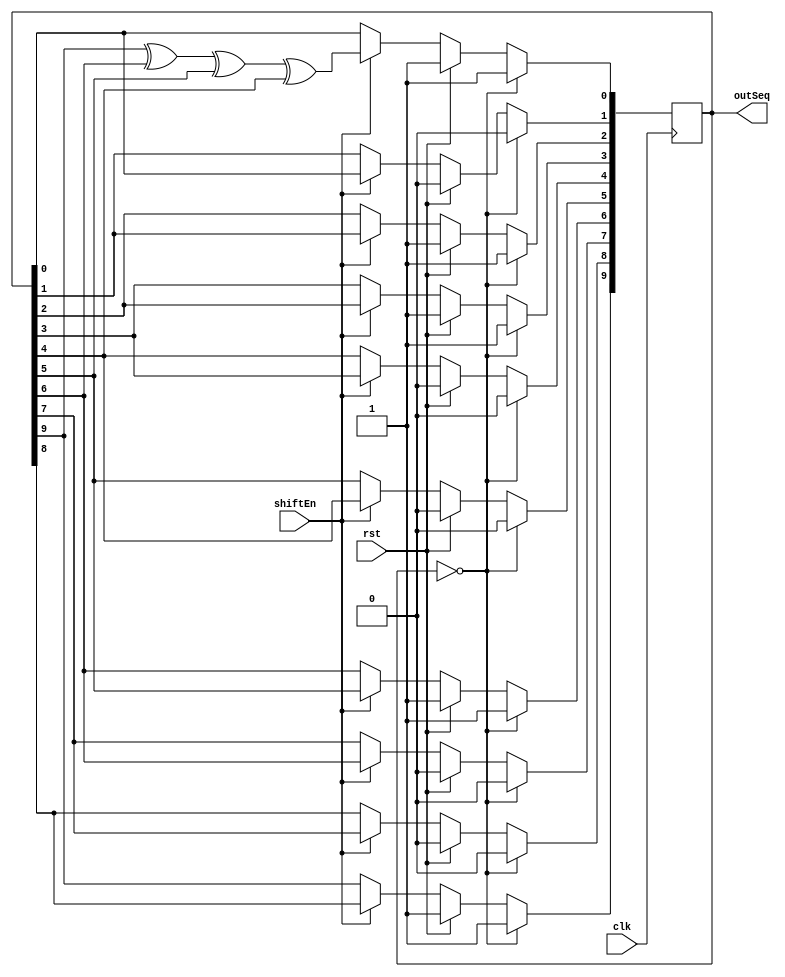
module prbs16(
	      input 		clk,
	      input 		rst,
	      input 		shiftEn,
	      output [9:0] outSeq
	      );

   reg [9:0] lfsrReg;

   initial begin
      lfsrReg <= 10'b1001001101;
   end
   
   always @(posedge clk)
     begin
	if (rst)
	  begin
	     lfsrReg <= 10'b1001001101;
	  end
	else if (shiftEn)
	  begin
	     lfsrReg[9] <= lfsrReg[8];
	     lfsrReg[8] <= lfsrReg[7];
	     lfsrReg[7] <= lfsrReg[6];
	     lfsrReg[6] <= lfsrReg[5];
	     lfsrReg[5] <= lfsrReg[4];
	     lfsrReg[4] <= lfsrReg[3];
	     lfsrReg[3] <= lfsrReg[2];
	     lfsrReg[2] <= lfsrReg[1];
	     lfsrReg[1] <= lfsrReg[0];
	     lfsrReg[0] <= lfsrReg[9] ^ lfsrReg[6] ^ lfsrReg[5] ^ lfsrReg[4];
	  end
	if(lfsrReg == 0)
	  begin
	     lfsrReg <= 10'b1001001101;
	  end
     end
   assign outSeq = lfsrReg;
endmodule